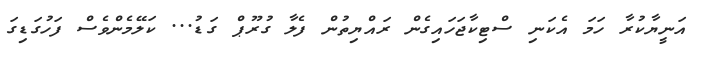
އަނީޔާކުރާ ހަމަ އެކަނި ސްޓިކާޖަހައިގެން ރައްޔިިތުން ފެލާ ގުރޫޕް ގަޑު... ކަލޭމެންވެސް ފަހުގަޑިގަ